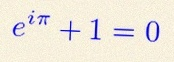
e^{i\pi}+1=0